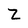
Character: Z